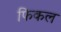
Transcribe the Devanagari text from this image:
फिकल